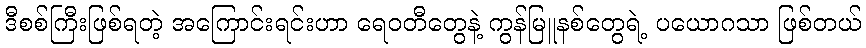
ဒီစစ်ကြီးဖြစ်ရတဲ့ အကြောင်းရင်းဟာ ရေဝတီတွေနဲ့ ကွန်မြူနစ်တွေရဲ့ ပယောဂသာ ဖြစ်တယ်